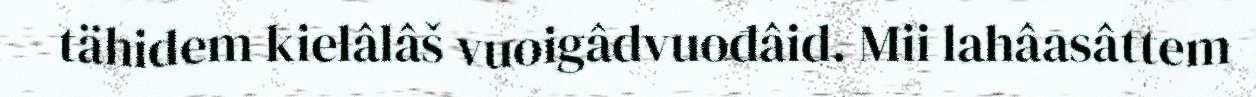
tähidem kielâlâš vuoigâdvuođâid. Mii lahâasâttem